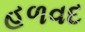
હળવદ